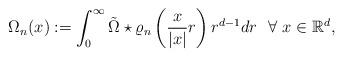
LaTeX: \begin{align*}\Omega_n(x):=\int_{0}^{\infty}\tilde{\Omega}\star \varrho_{n}\left(\frac{x}{|x|}r\right)r^{d-1}dr~~\forall~x\in\mathbb{R}^d,\end{align*}